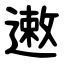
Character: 遫